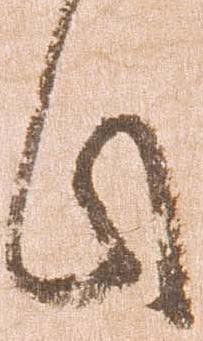
此